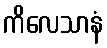
ကိလေသာနံ